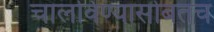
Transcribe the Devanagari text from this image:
चालविण्यासोबतच